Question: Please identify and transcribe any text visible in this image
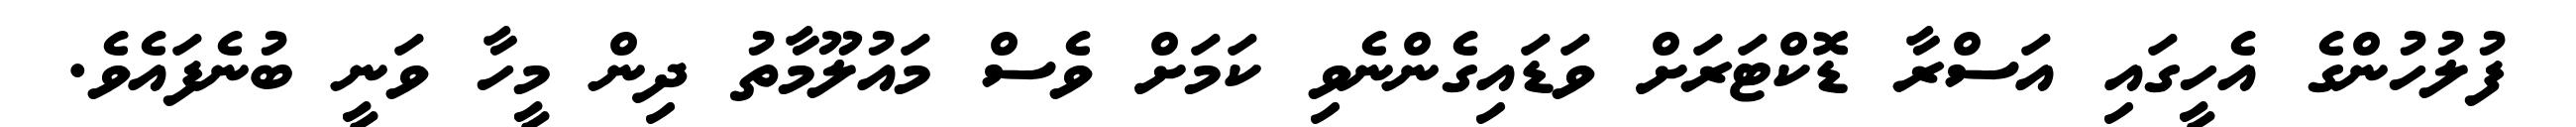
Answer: ފުލުހުންގެ އެހީގައި އަސްރާ ޑޮކްޓަރަށް ވަޑައިގެންނެވި ކަމަށް ވެސް މައުލޫމާތު ދިން މީހާ ވަނީ ބުނެފައެވެ.